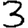
Digit: 3